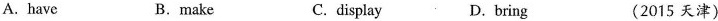
A. have B.make C. display D.bring (2015 天津)